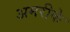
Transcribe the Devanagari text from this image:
अमरीके